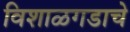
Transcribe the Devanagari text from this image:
विशाळगडाचे